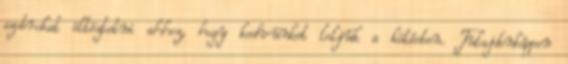
szobrokat öltöztetni ahhoz, hogy kedvünket leljük a kötésben. Tulajdonképpen